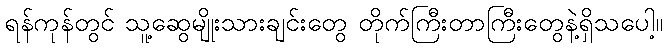
ရန်ကုန်တွင် သူ့ဆွေမျိုးသားချင်းတွေ တိုက်ကြီးတာကြီးတွေနဲ့ရှိသပေါ့။